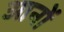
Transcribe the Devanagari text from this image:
आनों